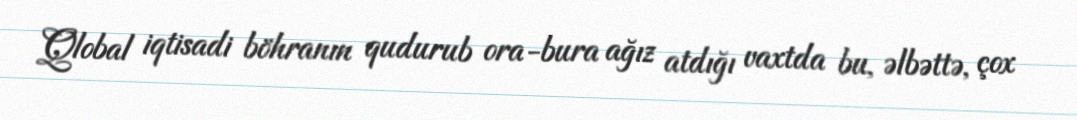
Qlobal iqtisadi böhranın qudurub ora-bura ağız atdığı vaxtda bu, əlbəttə, çox